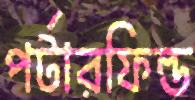
পর্টারফিল্ড